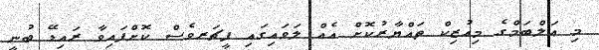
މި އަލްބަމްގެ މިއުޒިކް ތައްޔާރުކޮށް އެއް ލަވައިގައި ފީޗަރވެސް ކޮށްފައިވާ ރައިޑޭ ބުނީ